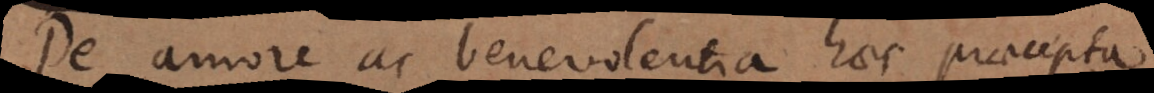
De amore ac benevolentia haec praecepta